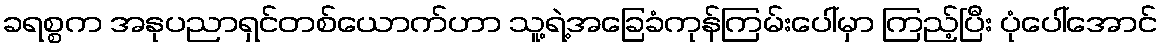
ခရစ္စက အနုပညာရှင်တစ်ယောက်ဟာ သူ့ရဲ့အခြေခံကုန်ကြမ်းပေါ်မှာ ကြည့်ပြီး ပုံပေါ်အောင်